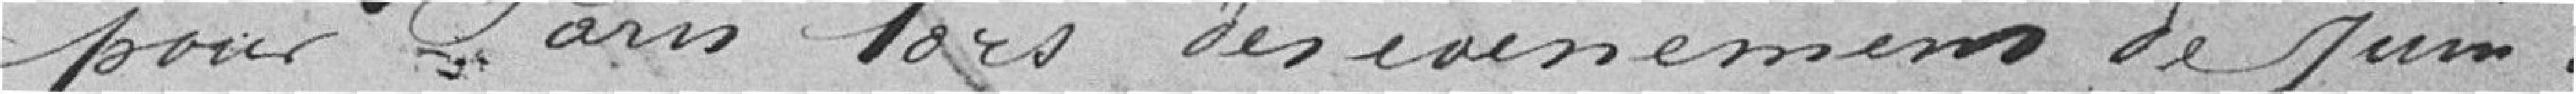
pour Paris lors des évènements de juin.